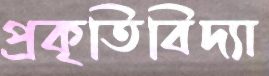
প্রকৃতিবিদ্যা